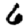
Digit: 6